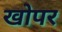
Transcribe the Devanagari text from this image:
खोपर